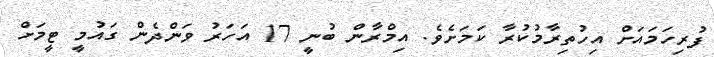
ފުރިހަމައަށް އިހުތިރާމުކުރާ ކަމަށެވެ. އިމްރާން ބުނީ 17 އަހަރު ވަންދެން ގައުމީ ޓީމަށް